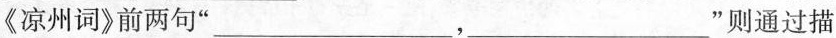
《凉州词》前两句”___ ，___”则通过描